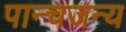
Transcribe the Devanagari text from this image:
पान्चजन्य